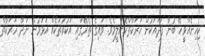
ކިހިނެއްވީހޭ ބުނާ ފަދައަކުން ހަރަކާތްކޮށްލީމެވެ. ވައިގެ ތެރޭގައި އަކުރުތަކެއް އަޅަމުން ނަދާ ހަރަކާތް